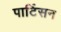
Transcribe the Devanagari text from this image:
पार्टिसन